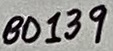
Text: BD139